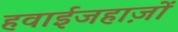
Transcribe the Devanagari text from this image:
हवाईजहाज़ों